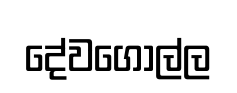
දේවගොල්ල